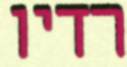
רדיו